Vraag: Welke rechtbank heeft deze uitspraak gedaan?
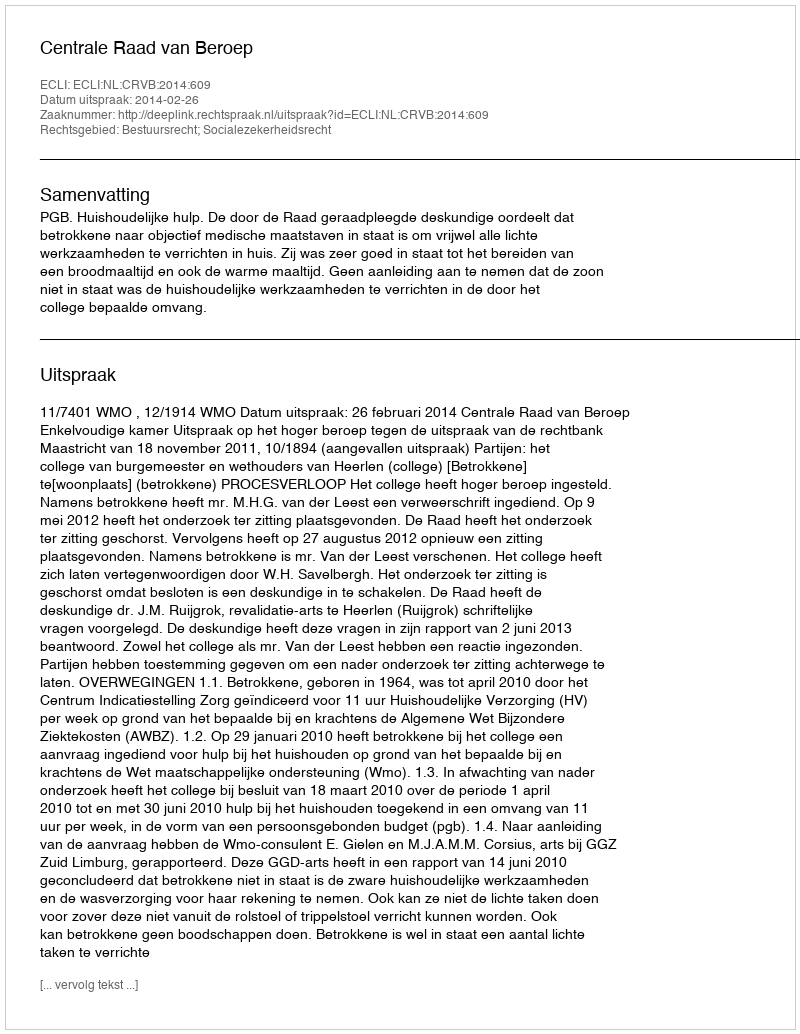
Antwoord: Centrale Raad van Beroep